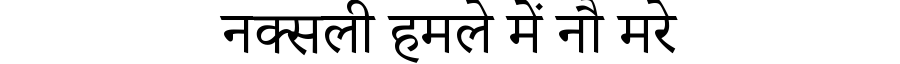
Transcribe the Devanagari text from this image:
नक्सली हमले में नौ मरे